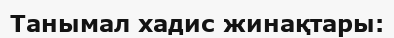
Танымал хадис жинақтары: